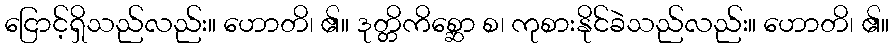
ငြောင့်ရှိသည်လည်း။ ဟောတိ၊ ၏။ ဒုတ္တိကိစ္ဆော စ၊ ကုစားနိုင်ခဲသည်လည်း။ ဟောတိ၊ ၏။